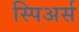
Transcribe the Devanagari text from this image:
स्पिअर्स